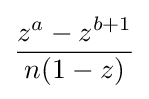
{\frac {z^{a}-z^{b+1}}{n(1-z)}}